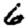
Digit: 6